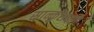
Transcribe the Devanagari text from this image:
सान्कुशधरी